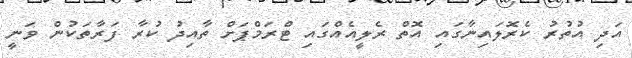
އަދި އުތުރު ކެރޮލައިނާގައި އޮތް ރެލީއެއްގައި ޓްރަމްޕަށް ތާއިދު ކުރާ ފަރާތަކުން ވަނީ